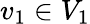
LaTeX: v_{1}\in V_{1}